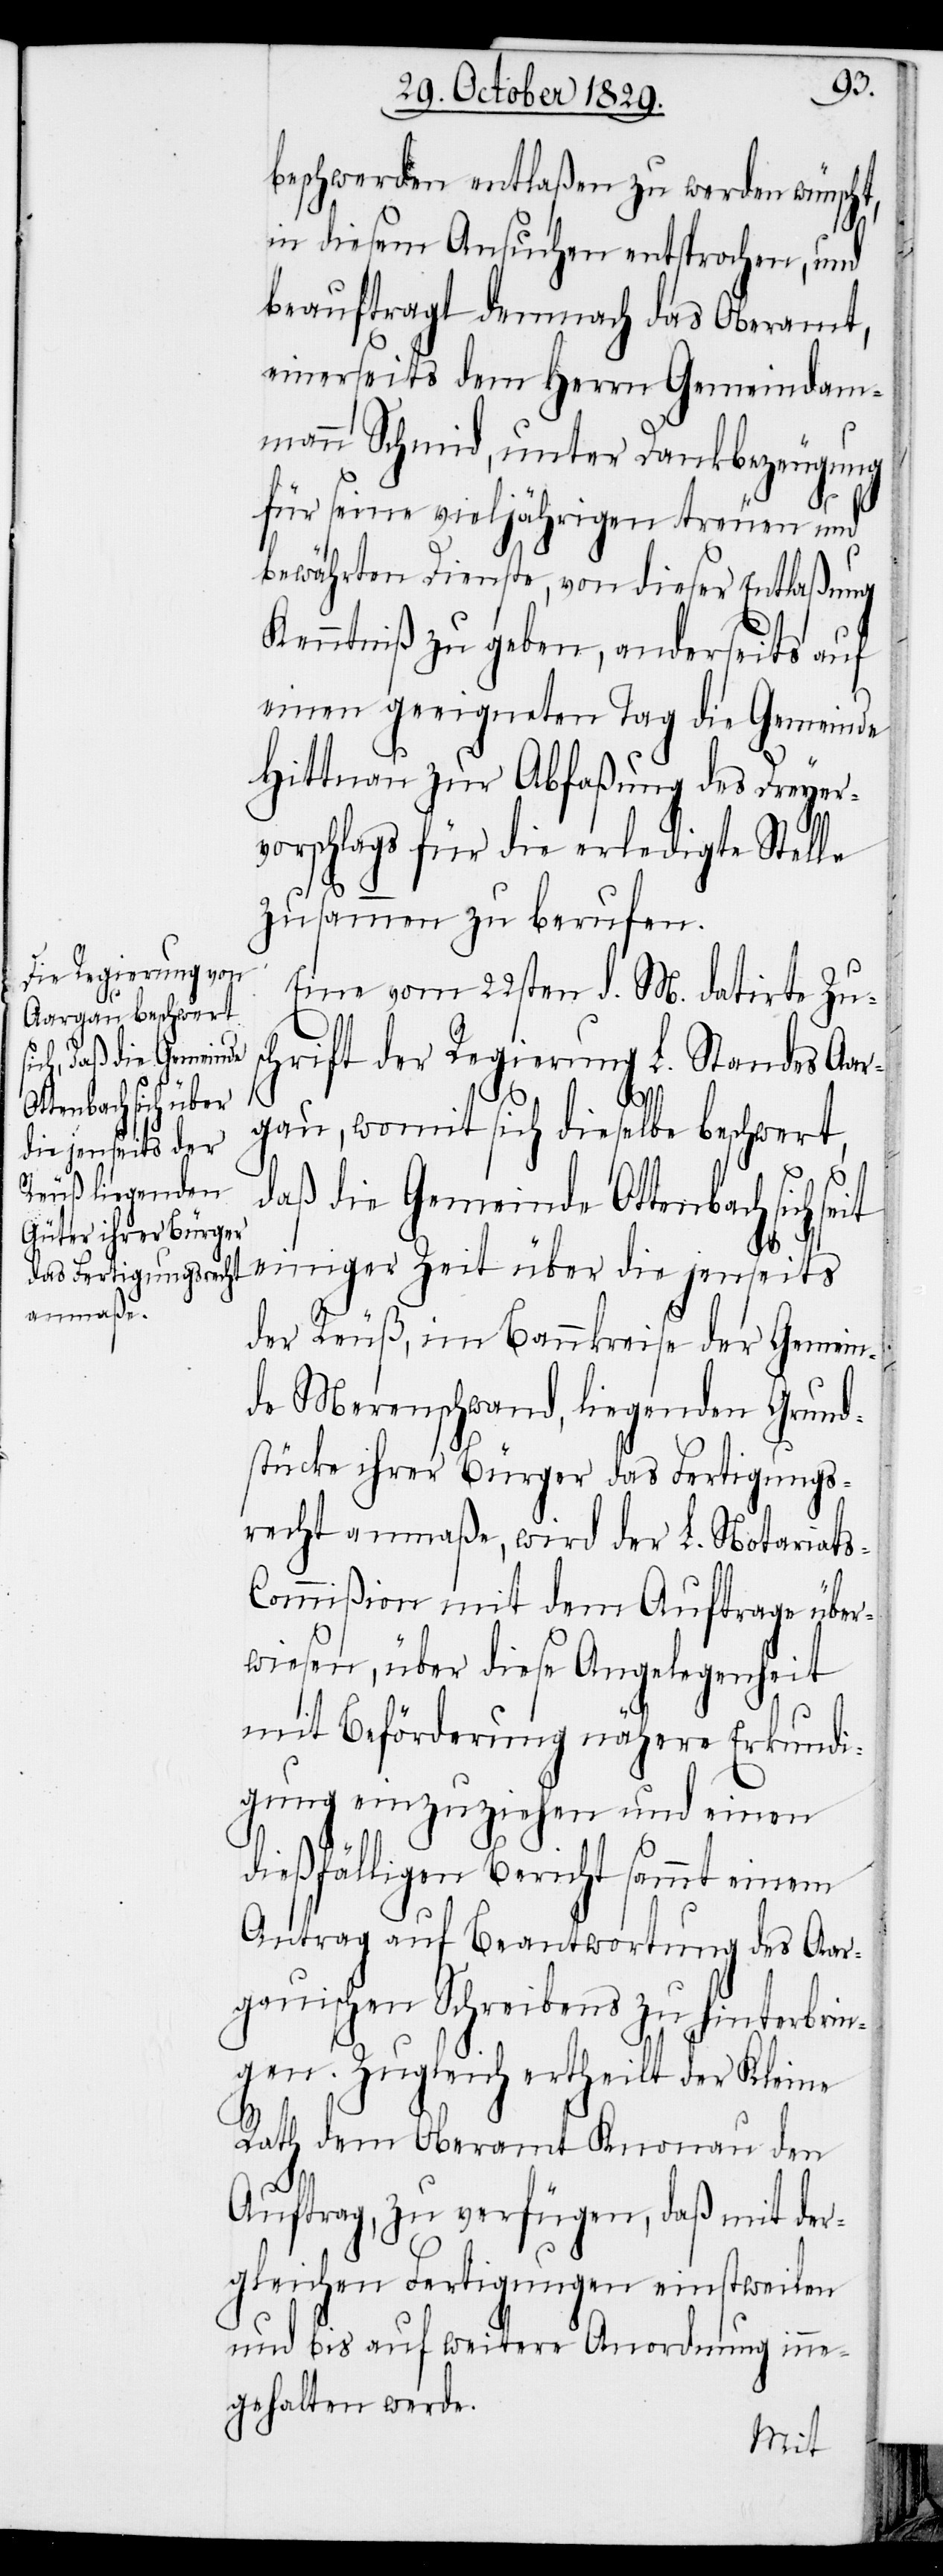
beschwerden entlaßen zu werden wünscht,
in diesem Ansuchen entsprochen, und
beauftragt demnach das Oberamt,
einerseits dem Herrn Gemeindam¬
mann Schmid, unter Dankbezeugung
für seine vieljährigen treuen und
bewährten Dienste, von dieser Entlaßung
Kenntniß zu geben, anderseits auf
einen geeigneten Tag die Gemeinde
Hittnau zur Abfaßung des Dreyer¬
vorschlags für die erledigte Stelle
zusammen zu berufen.
Eine vom 22sten d. M. datirte Zus¬
chrift der Regierung L. Standes Aar¬
gau, womit sich dieselbe beschwert,
daß die Gemeinde Ottenbach sich
einiger Zeit über die jenseits
der Reuß, im Bannkreise der Gemein¬
de Merenschwand, liegenden Grund¬
stücke ihrer Bürger das Fertigungs¬
recht anmaße, wird der L. Notariat¬
s-Commißion mit dem Auftrage über¬
wiesen, über diese Angelegenheit
mit Beförderung nähere Erkundi¬
gung einzuziehen und einen
dießfälligen Bericht sammt einem
Antrag auf Beantwortung des Aar¬
gauischen Schreibens zu hinterbrin¬
gen. Zugleich ertheilt der Kleine
Rath dem Oberamt Knonau den
Auftrag, zu verfügen, daß mit der¬
gleichen Fertigungen einstweilen
und bis auf weitere Anordnung inne¬
gehalten werde.